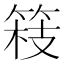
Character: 𮵴